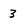
Character: 3